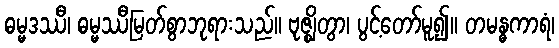
ဓမ္မဒဿီ၊ ဓမ္မဿီမြတ်စွာဘုရားသည်။ ဗုဇ္ဈိတွာ၊ ပွင့်တော်မူ၍။ တမန္ဓကာရံ၊